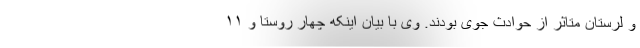
و لرستان متاثر از حوادث جوی بودند. وی با بیان اینکه چهار روستا و ١١